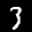
Label: 3